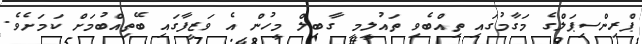
ޕްރިންސިޕަލްގެ މަގާމުގައި ތިއްބެވި ތައުލީމީ ގާބިލް މީހުން އެ ވަޒީފާގައި ބޭތިއްބުމަށް ކަމަށެވެ.